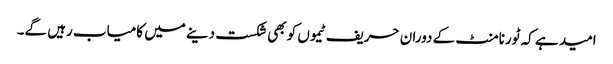
امید ہے کہ ٹورنامنٹ کے دوران حریف ٹیموں کو بھی شکست دینے میں کامیاب رہیں گے۔